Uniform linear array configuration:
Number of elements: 64
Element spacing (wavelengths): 0.5
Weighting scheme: hamming
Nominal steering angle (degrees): -60
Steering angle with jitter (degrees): -60.25
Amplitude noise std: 0.05
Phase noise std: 0.05

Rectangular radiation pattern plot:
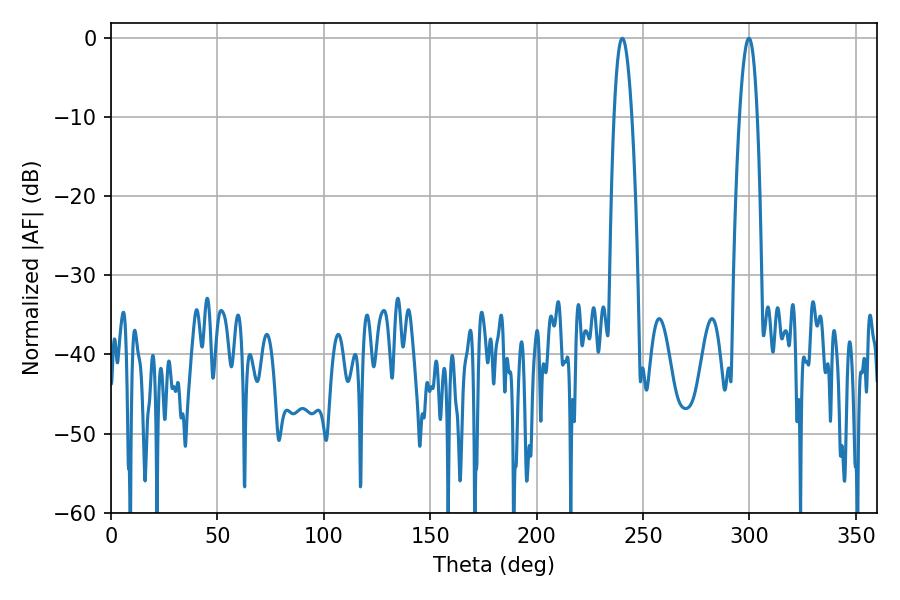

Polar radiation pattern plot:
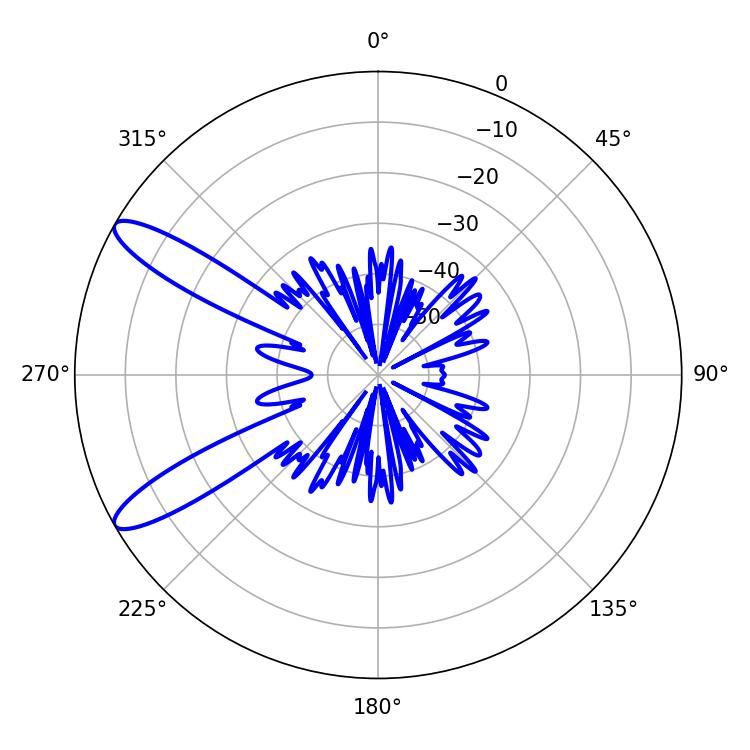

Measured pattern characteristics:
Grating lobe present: FALSE
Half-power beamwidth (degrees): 4.5
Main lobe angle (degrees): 299.7